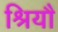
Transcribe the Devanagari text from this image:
श्रियौ